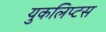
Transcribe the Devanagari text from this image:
युकलिप्टस